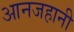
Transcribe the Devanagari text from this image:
आनजहानी